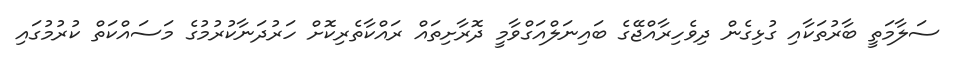
ސަލާމަތީ ބާރުތަކާއި ގުޅިގެން ދިވެހިރާއްޖޭގެ ބައިނަލްއަގްވާމީ ދޮރާށިތައް ރައްކާތެރިކޮށް ހަރުދަނާކުރުމުގެ މަަސައްކަތް ކުރުމުގައި